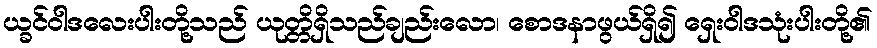
ယ္ခင်ဝါဒလေးပါးတို့သည် ယုတ္တိရှိသည်ချည်းလော၊ စောဒနာဖွယ်ရှိ၍ ရှေးဝါဒသုံးပါးတို့၏